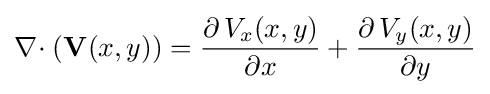
\nabla \!\cdot (\mathbf {V} (x,y))={\frac {\partial \,{V_{x}(x,y)}}{\partial {x}}}+{\frac {\partial \,{V_{y}(x,y)}}{\partial {y}}}